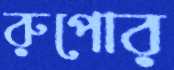
রুপোর